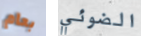
بعام الضوئي